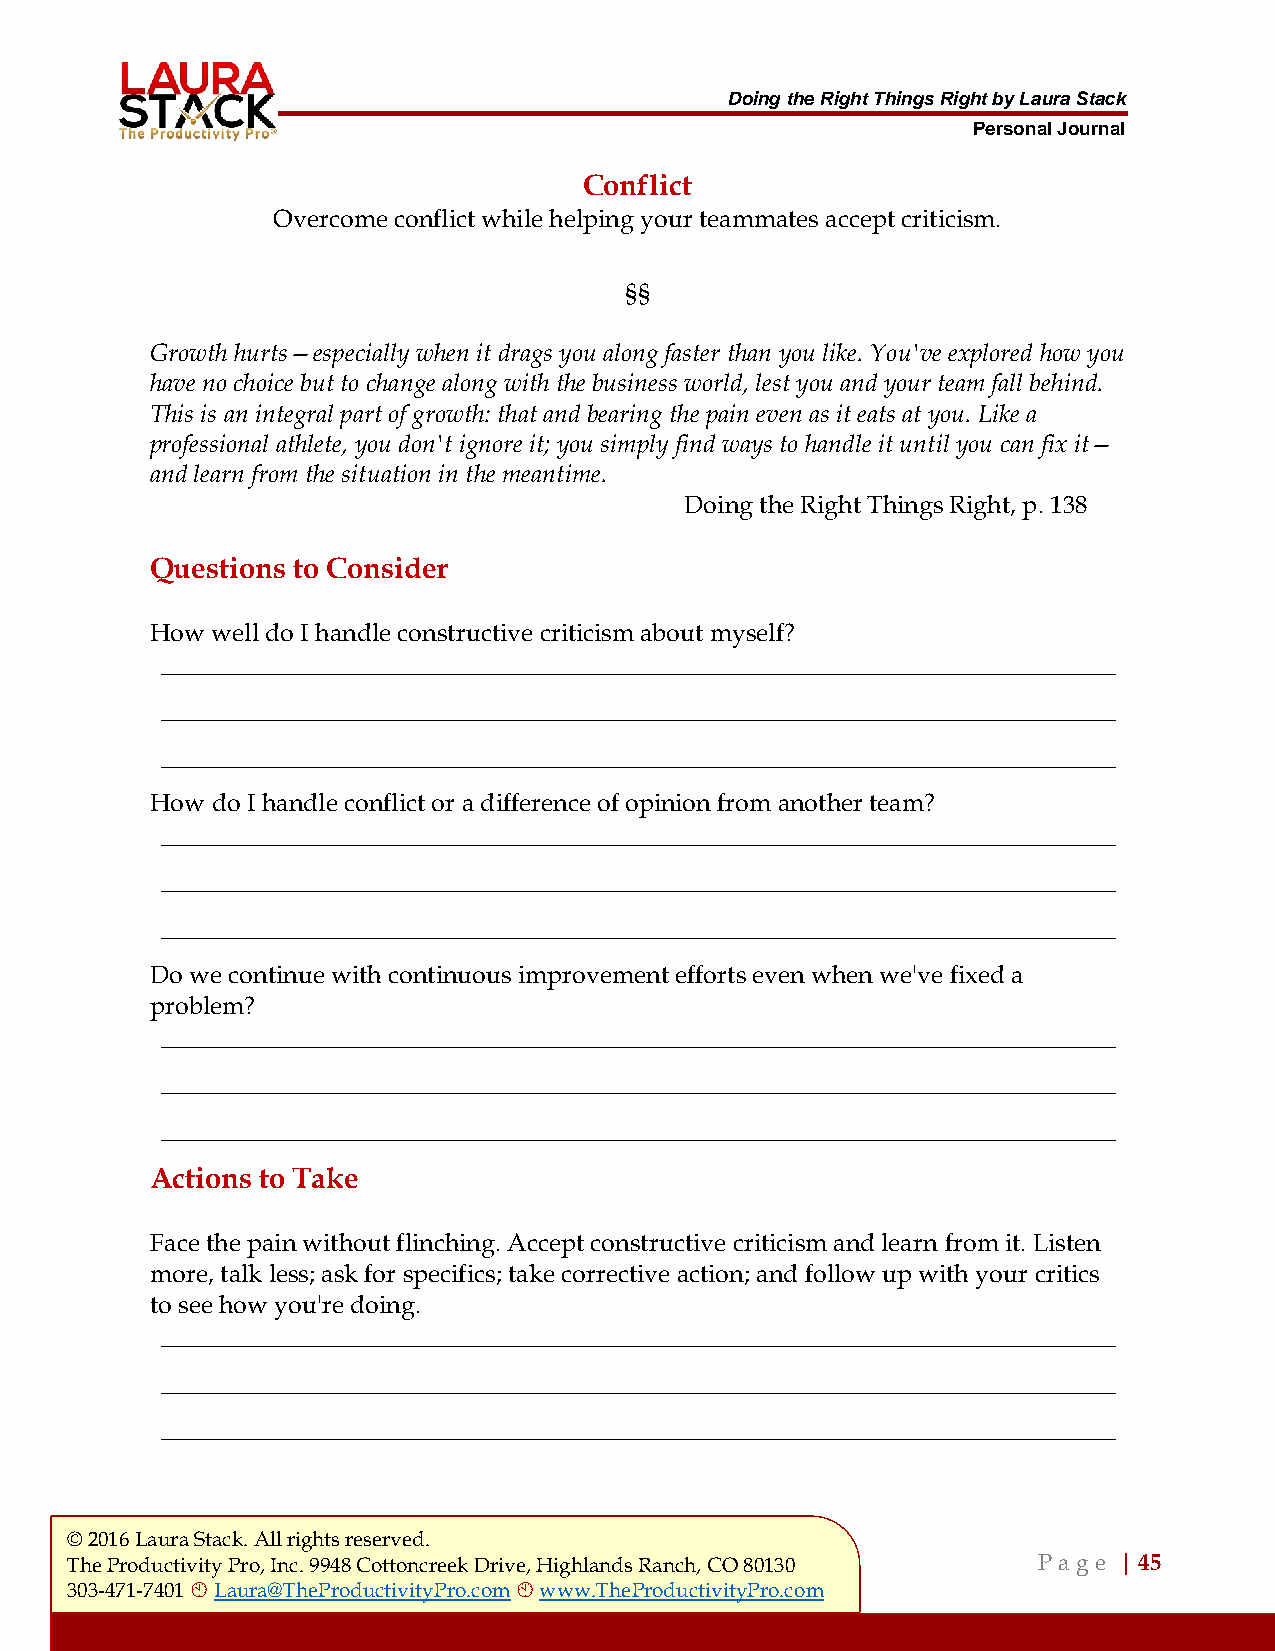
Doing the Right Things Right by Laura Stack
 Personal Journal
 Conflict
 Overcome conflict while helping your teammates accept criticism.
 §§
 Growth hurts—especially when it drags you along faster than you like. You've explored how you
 have no choice but to change along with the business world, lest you and your team fall behind.
 This is an integral part of growth: that and bearing the pain even as it eats at you. Like a
 professional athlete, you don't ignore it; you simply find ways to handle it until you can fix it—
 and learn from the situation in the meantime.
 Doing the Right Things Right, p. 138
 Questions to Consider
 How well do I handle constructive criticism about myself?
 ___________________________________________________________________________________
 ___________________________________________________________________________________
 ___________________________________________________________________________________
 How do I handle conflict or a difference of opinion from another team?
 ___________________________________________________________________________________
 ___________________________________________________________________________________
 ___________________________________________________________________________________
 Do we continue with continuous improvement efforts even when we've fixed a
 problem?
 ___________________________________________________________________________________
 ___________________________________________________________________________________
 ___________________________________________________________________________________
 Actions to Take
 Face the pain without flinching. Accept constructive criticism and learn from it. Listen
 more, talk less; ask for specifics; take corrective action; and follow up with your critics
 to see how you're doing.
 ___________________________________________________________________________________
 ___________________________________________________________________________________
 ___________________________________________________________________________________
 © 2016 Laura Stack. All rights reserved.
 The Productivity Pro, Inc. 9948 Cottoncreek Drive, Highlands Ranch, CO 80130 P a ge | 45
 303-471-7401  Laura@TheProductivityPro.com  www.TheProductivityPro.com